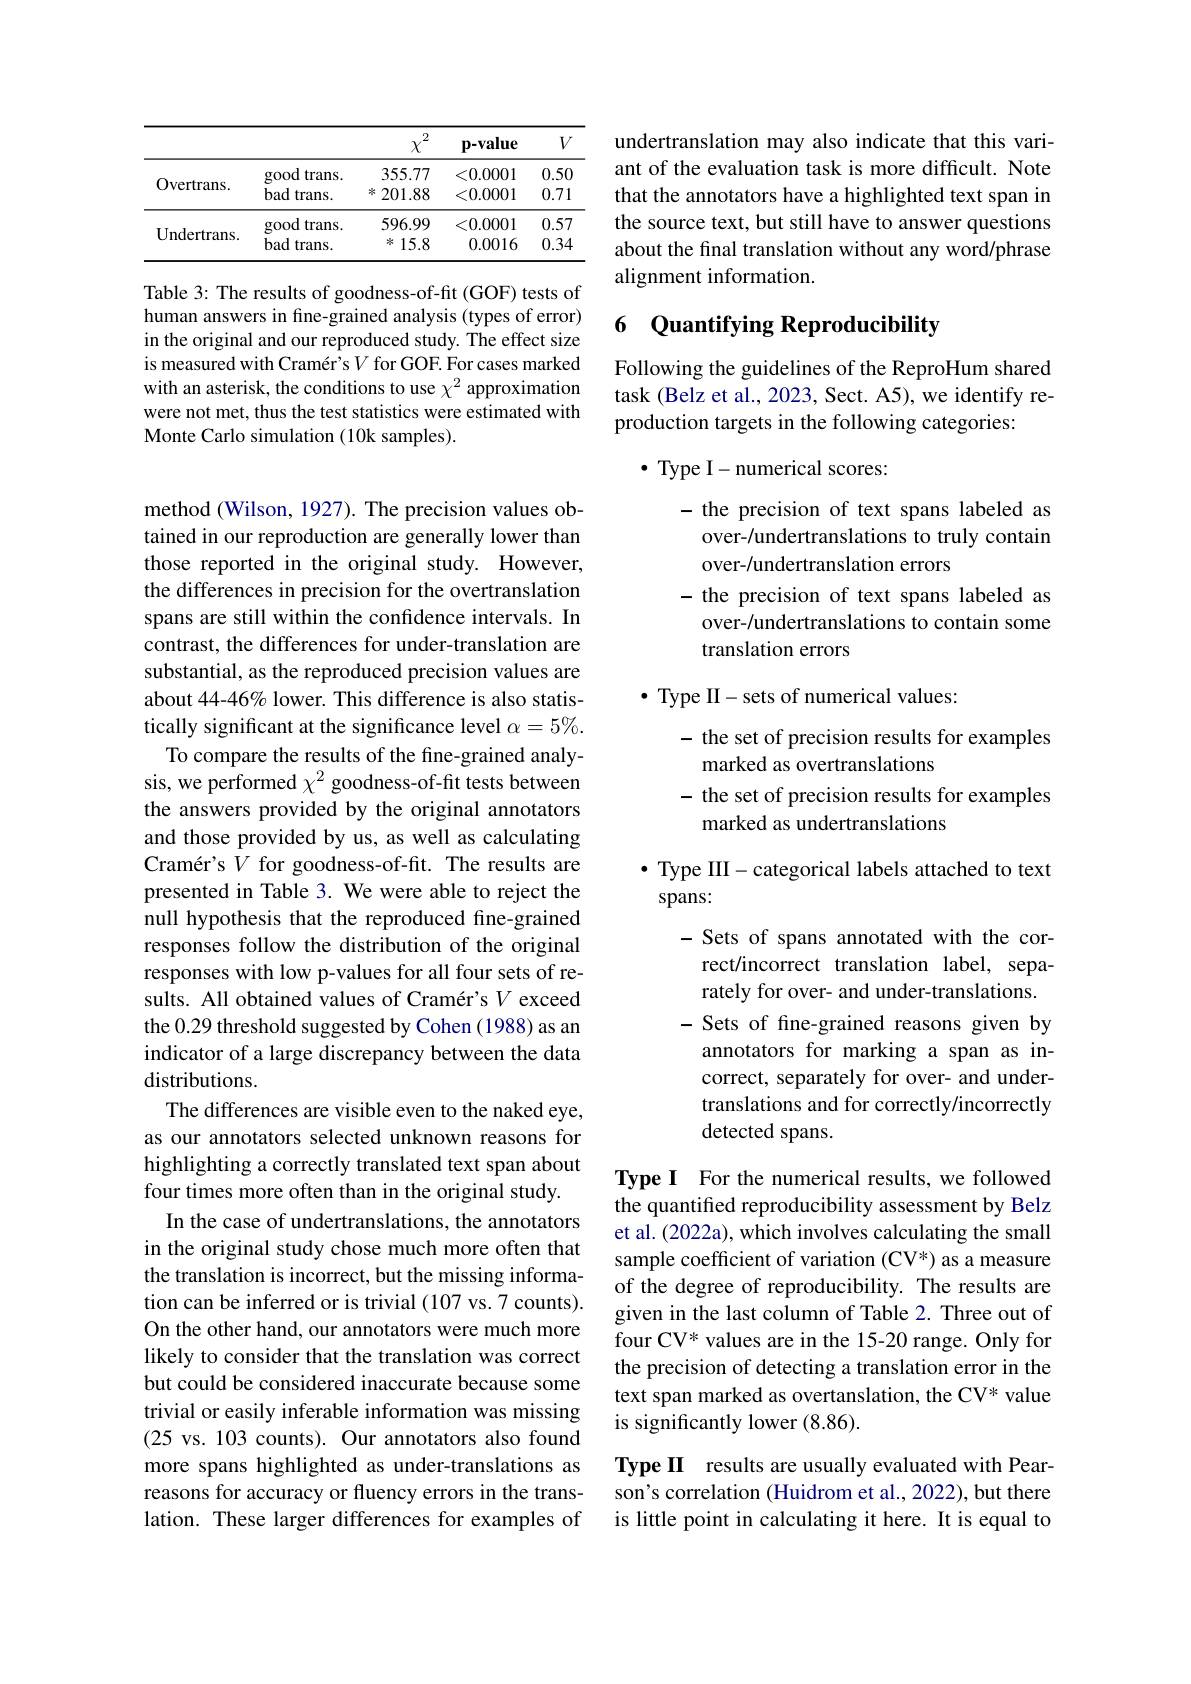
<table>
	<tbody>
		<tr>
			<th> </th>
			<th> </th>
			<th>2 $\chi$</th>
			<th>p-value</th>
			<th>$V$</th>
		</tr>
		<tr>
			<td rowspan="2">Overtrans.</td>
			<td>good trans.</td>
			<td>355.77</td>
			<td><0.0001</td>
			<td>0.50</td>
		</tr>
		<tr>
			<td>bad $trans.$</td>
			<td>201.88 米</td>
			<td><0.0001</td>
			<td>0.71</td>
		</tr>
		<tr>
			<td rowspan="2">Undertrans. </td>
			<td>good trans.</td>
			<td>596.99</td>
			<td><0.0001</td>
			<td>0.57</td>
		</tr>
		<tr>
			<td>bad $trans.$</td>
			<td>冰 15.8</td>
			<td>0.0016</td>
			<td>0.34</td>
		</tr>
	</tbody>
</table>

Table 3: The results of goodness-of-fit (GOF) tests of human answers in fine-grained analysis (types of error) in the original and our reproduced study. The effect size is measured with Cramér's $V$ for GOF. For cases marked with an asterisk, the conditions to use $\chi^2$ approximation were not met, thus the test statistics were estimated with Monte Carlo simulation (10k samples).

method (Wilson, 1927). The precision values obtained in our reproduction are generally lower than those reported in the original study. However, the differences in precision for the overtranslation spans are still within the confidence intervals. In contrast, the differences for under-translation are substantial, as the reproduced precision values are about 44-46% lower. This difference is also statistically significant at the significance level $\alpha=5\%.$
To compare the results of the fine-grained analysis, we performed $\chi^2$ goodness-of-fit tests between the answers provided by the original annotators and those provided by us, as well as calculating Cramér's $V$ for goodness-of-fit. The results are presented in Table 3. We were able to reject the null hypothesis that the reproduced fine-grained responses follow the distribution of the original responses with low p-values for all four sets of results. All obtained values of Cramér's $V$ exceed the 0.29 threshold suggested by Cohen (1988) as an indicator of a large discrepancy between the data distributions.
The differences are visible even to the naked eye, as our annotators selected unknown reasons for highlighting a correctly translated text span about four times more often than in the original study.
In the case of undertranslations, the annotators in the original study chose much more often that the translation is incorrect, but the missing information can be inferred or is trivial (107 vs.7 counts). On the other hand, our annotators were much more likely to consider that the translation was correct but could be considered inaccurate because some trivial or easily inferable information was missing (25 vs. 103 counts). Our annotators also found more spans highlighted as under-translations as reasons for accuracy or fluency errors in the translation. These larger differences for examples of

undertranslation may also indicate that this variant of the evaluation task is more difficult. Note that the annotators have a highlighted text span in the source text, but still have to answer questions about the final translation without any word/phrase alignment information.

## 6 Quantifying Reproducibility

Following the guidelines of the ReproHum shared task (Belz et al., 2023, Sect. A5), we identify reproduction targets in the following categories:

$\bullet$ Type I-numerical scores:
- the precision of text spans labeled as over-/undertranslations to truly contain over-/undertranslation errors
- the precision of text spans labeled as over-/undertranslations to contain some translation errors
$\bullet$ Type II-sets of numerical values:
- the set of precision results for examples
marked as overtranslations
- the set of precision results for examples
marked as undertranslations
$\bullet$ Type III-categorical labels attached to text
spans:
- Sets of spans annotated with the correct/incorrect translation label, separately for over- and under-translations.
- Sets of fine-grained reasons given by annotators for marking a span as incorrect, separately for over- and undertranslations and for correctly/incorrectly detected spans.
Type I For the numerical results, we followed

the quantified reproducibility assessment by Belz et al. (2022a), which involves calculating the small sample coefficient of variation (CV*) as a measure of the degree of reproducibility. The results are given in the last column of Table 2. Three out of four CV* values are in the 15-20 range. Only for the precision of detecting a translation error in the text span marked as overtanslation, the CV* value is significantly lower (8.86).

Type II results are usually evaluated with Pearson's correlation (Huidrom et al., 2022), but there is little point in calculating it here. It is equal to